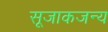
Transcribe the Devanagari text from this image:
सूजाकजन्य